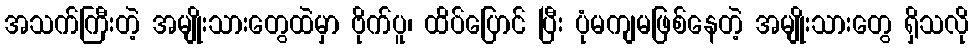
အသက်ကြီးတဲ့ အမျိုးသားတွေထဲမှာ ဗိုက်ပူ၊ ထိပ်ပြောင် ပြီး ပုံမကျမဖြစ်နေတဲ့ အမျိုးသားတွေ ရှိသလို